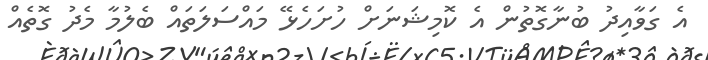
އެ ގަވާއިދު ބުނާގޮތުން އެ ކޮމިޝަނަށް ހުށަހެޅޭ މައްސަލަތައް ބެލުމާ މެދު ގޮތެއް